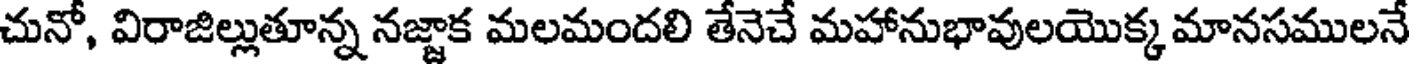
చునో, విరాజిల్లుతూన్న నజ్జాక మలమందలి తేనెచే మహానుభావులయొక్క మానసములనే